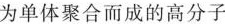
为单体聚合而成的高分子